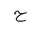
Letter: _ha